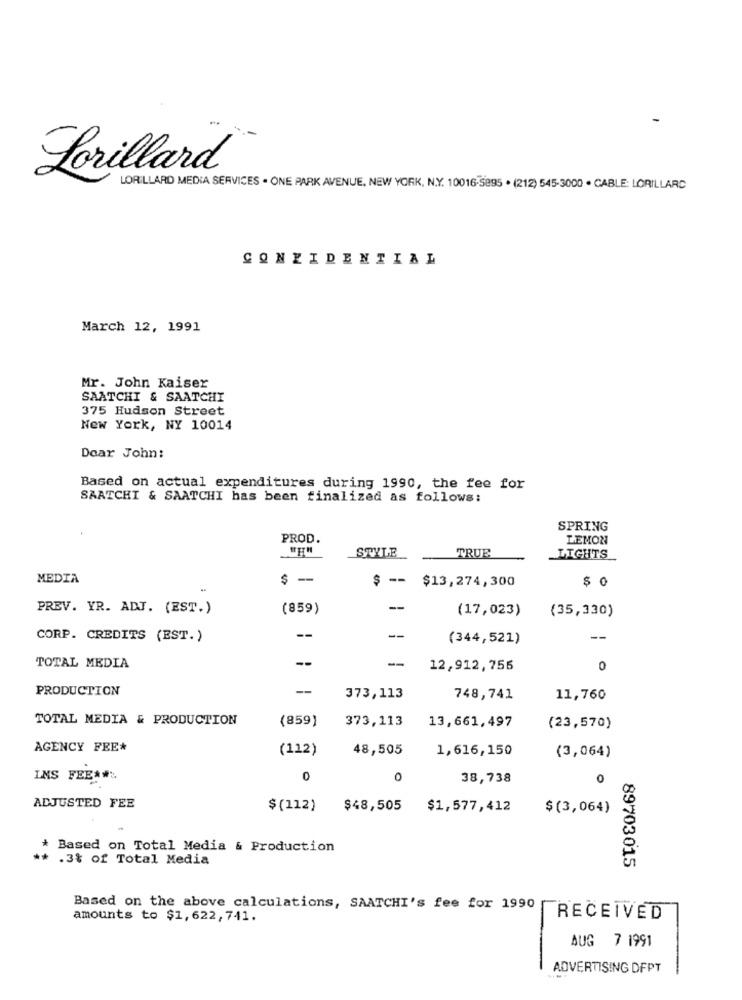
Lorillard
LORILLARD MEDIA SERVICES . ONE PARK AVENUE, NEW YORK, N.Y. 10016-5895 . (212) 545-3000 . CABLE: LORILLARD
CONFIDENTIAL
March 12, 1991
Mr. John Kaiser
SAATCHI & SAATCHI
375 Hudson Street
New York, NY 10014
Dear John:
Based on actual expenditures during 1990, the fee for
SAATCHI & SAATCHI has been finalized as follows:
SPRING
PROD.
LEMON
STYLE
TRUE
LIGHTS
MEDIA
-
$ -- $13,274,300
PREV. YR. ADJ. (EST.)
(859)
--
(17,023)
(35,330)
CORP. CREDITS (EST.)
--
(344,521)
--
TOTAL MEDIA
--
12,912,755
0
PRODUCTION
-
373,113
748,741
11,760
TOTAL MEDIA & PRODUCTION
(859)
373,113
13,661,497
(23,570)
AGENCY FEE*
(112)
48,505
1,616,150
(3,064)
INS FEE.#:
0
0
38,738
0
ADJUSTED FEE
$ (112)
$48,505
$1,577,412
$ (3,064)
* Based on Total Media & Production
** . 3% of Total Media
89703015
Based on the above calculations, SAATCHI's fee for 1990
amounts to $1,622, 741.
RECEIVED
AUG 7 1991
ADVERTISING DFPT